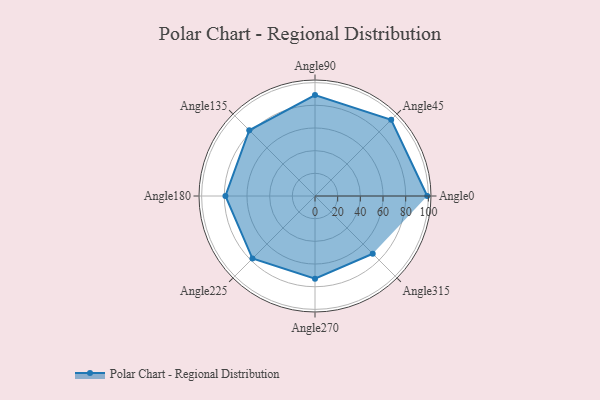
{"axis": {"x": "Angle", "y": "Radius"}, "legend": [""], "data": [{"x": "Angle0", "y": 99.0, "type": ""}, {"x": "Angle45", "y": 95.0, "type": ""}, {"x": "Angle90", "y": 89.0, "type": ""}, {"x": "Angle135", "y": 82.0, "type": ""}, {"x": "Angle180", "y": 79.0, "type": ""}, {"x": "Angle225", "y": 78.0, "type": ""}, {"x": "Angle270", "y": 73.0, "type": ""}, {"x": "Angle315", "y": 72.0, "type": ""}]}